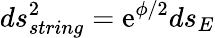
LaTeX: ds_{string}^{2}=\mathrm{e}^{\phi/2}ds_{E}